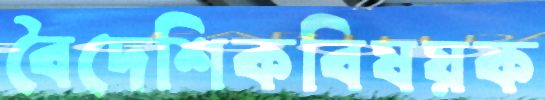
বৈদেশিকবিষয়ক